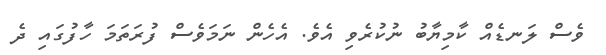
ވެސް ލަނޑެއް ކާމިޔާބު ނުކުރެވި އެވެ. އެހެން ނަމަވެސް ފުރަތަމަ ހާފުގައި ދެ